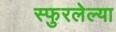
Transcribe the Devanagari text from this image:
स्फुरलेल्या